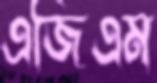
এজিএম